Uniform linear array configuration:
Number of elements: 64
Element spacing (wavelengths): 0.25
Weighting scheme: hamming
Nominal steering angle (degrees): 45
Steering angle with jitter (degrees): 45.043
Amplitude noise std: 0.05
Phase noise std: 0.05

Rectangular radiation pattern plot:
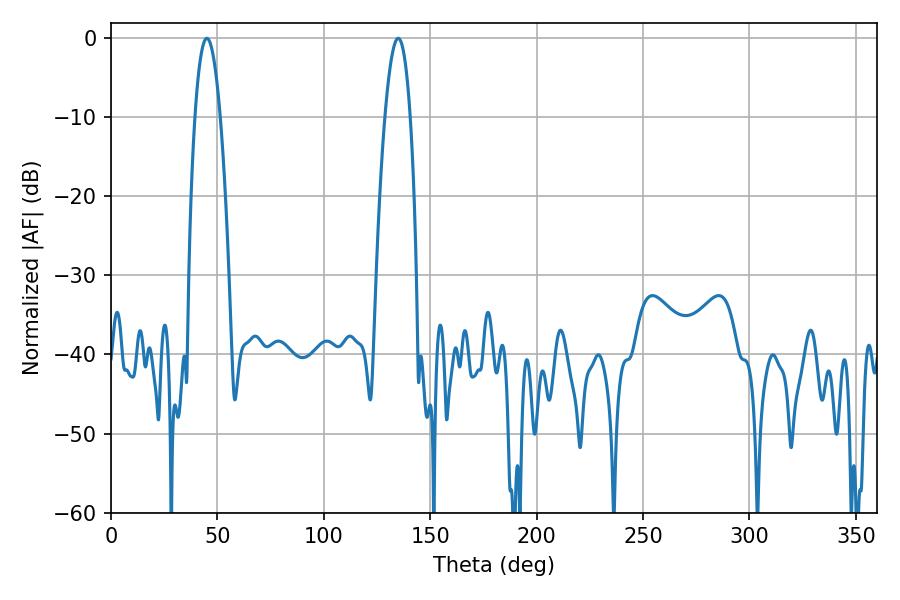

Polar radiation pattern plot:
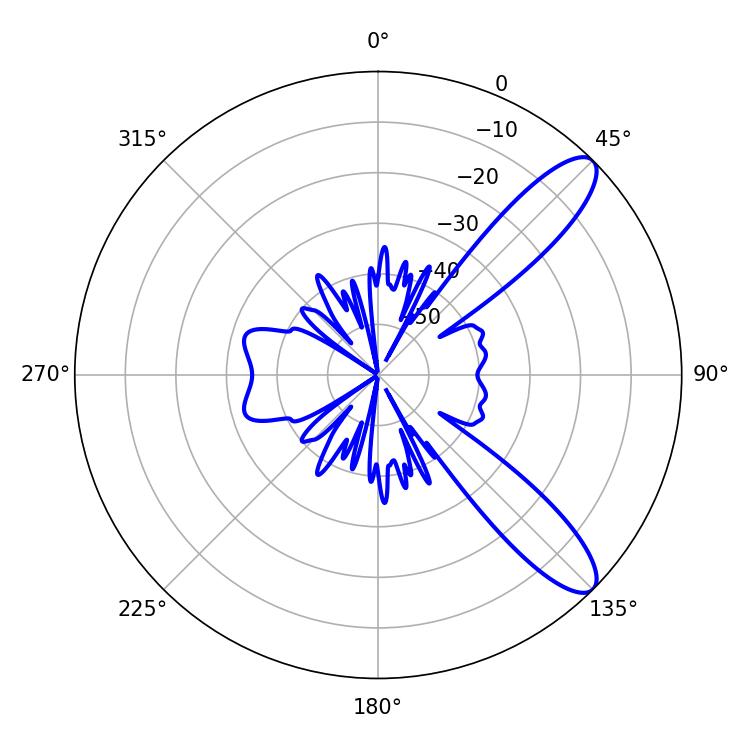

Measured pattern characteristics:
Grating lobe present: FALSE
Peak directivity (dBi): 10.591
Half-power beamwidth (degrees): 6.48
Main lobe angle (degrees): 45